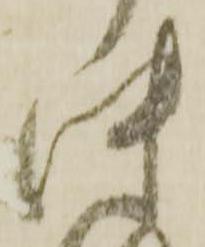
中